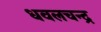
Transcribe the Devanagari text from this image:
धवलचन्द्र